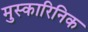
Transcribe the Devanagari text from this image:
मुस्कारिनिक